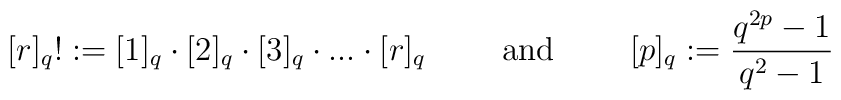
[r]_q! := [1]_q \cdot [2]_q \cdot [3]_q \cdot . . . \cdot [r]_q \mbox{ \qquad and \qquad }[p]_q := \frac{q^{2p} - 1}{q^{2} - 1}